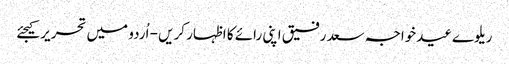
ریلوےعیدخواجہ سعد رفیق اپنی رائے کا اظہار کریں - اُردو میں تحریر کیجئے